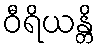
ဝီရိယန္တိ